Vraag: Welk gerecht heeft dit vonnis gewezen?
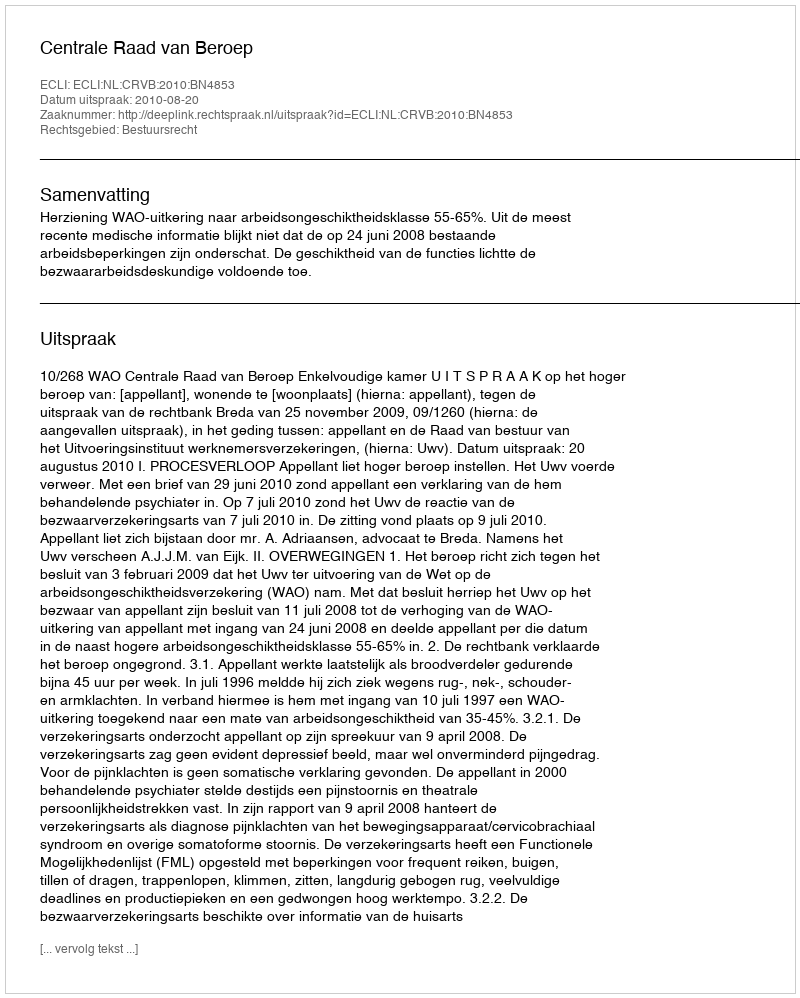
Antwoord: Centrale Raad van Beroep